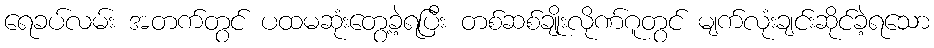
ရေခပ်လမ်း အတက်တွင် ပထမဆုံးတွေ့ခဲ့ရပြီး တစ်ဆစ်ချိုးလိုဏ်ဂူတွင် မျက်လုံးချင်းဆိုင်ခဲ့ရသော